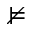
\nvDash